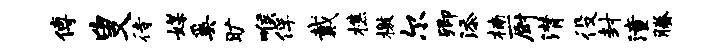
傅叟待媒奚旷喉俘戴樵檄尔卿添楠厨潸役封潼腾